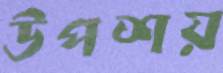
উপশয়